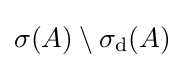
\sigma (A)\setminus \sigma _{\mathrm {d} }(A)